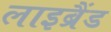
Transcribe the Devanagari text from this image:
लाइब्रैंड